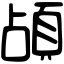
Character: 頕